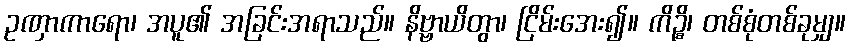
ဥဏှာကာရော၊ အပူ၏ အခြင်းအရာသည်။ နိဗ္ဗာယိတွာ၊ ငြိမ်းအေး၍။ ကိဉ္စိ၊ တစ်စုံတစ်ခုမျှ။